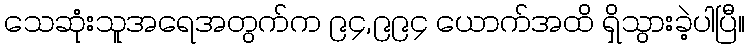
သေဆုံးသူအရေအတွက်က ၉၄,၉၉၄ ယောက်အထိ ရှိသွားခဲ့ပါပြီ။